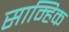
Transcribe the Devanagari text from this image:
साम्हिक